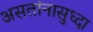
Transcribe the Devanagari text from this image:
असतांनासुध्दा